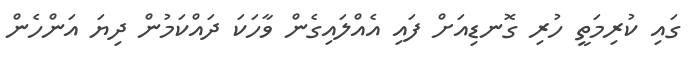
ގައި ކުރިމަތީ ހުރި ގޮނޑިއަށް ފައި އެއްލައިގެން ވާހަކަ ދައްކަމުން ދިޔަ އަންހެން